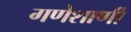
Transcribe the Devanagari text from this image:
गणेशाणी